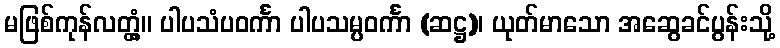
မဖြစ်ကုန်လတ္တံ့။ ပါပသံပဝင်္ကာ ပါပသမ္ပဝင်္ကာ (ဆဋ္ဌ)၊ ယုတ်မာသော အဆွေခင်ပွန်းသို့